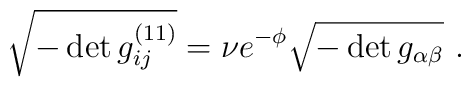
\sqrt{-\det g_{ij}^{(11)}} = \nu e^{-\phi}\sqrt{-\det g_{\alpha\beta}}\ .